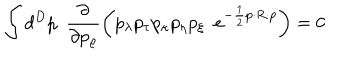
\int d ^ { D } p \, \, \, \frac { \partial } { \partial p _ { \varrho } } \left( p _ { \lambda } p _ { \tau } p _ { \kappa } p _ { \eta } p _ { \xi } \, \, \, e ^ { - \frac { 1 } { 2 } p \cdot R \cdot p } \right) = 0